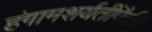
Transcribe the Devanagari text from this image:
हंगामशर्यतींपैकी